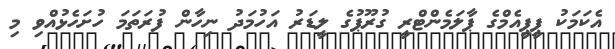
އެކަމަކު ޕީޕީއެމްގެ ޕާލަމެންޓްރީ ގުރޫޕުގެ ލީޑަރު އަހުމަދު ނިހާން ފުރަތަމަ ހުށަހެޅުއްވި މި